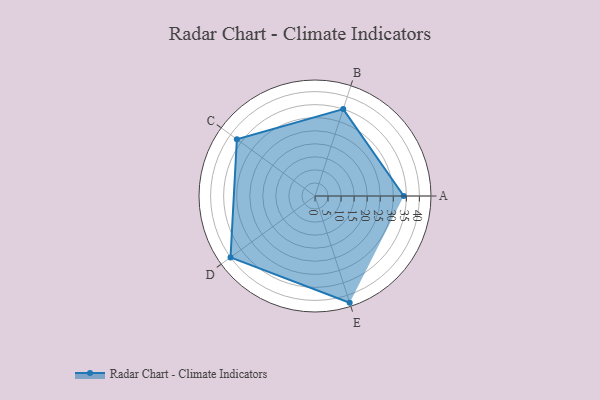
{"axis": {"x": "Skill", "y": "Score"}, "legend": ["Profile"], "data": [{"x": "A", "y": 34.0, "type": "Profile"}, {"x": "B", "y": 35.0, "type": "Profile"}, {"x": "C", "y": 37.0, "type": "Profile"}, {"x": "D", "y": 40.0, "type": "Profile"}, {"x": "E", "y": 43.0, "type": "Profile"}]}